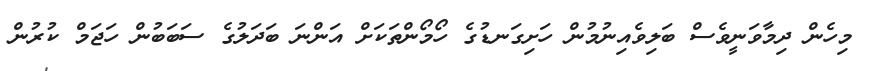
މިހެން ދިމާވަނީވެސް ބަލިވެއިނުމުން ހަށިގަނޑުގެ ހޯމޯންތަކަށް އަންނަ ބަދަލުގެ ސަބަބުން ހަޖަމް ކުރުން